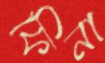
ফিনা